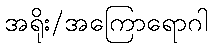
အရိုး/အကြောရောဂါ